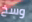
وسخ